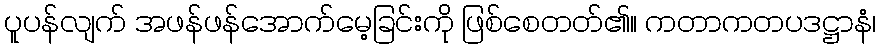
ပူပန်လျက် အဖန်ဖန်အောက်မေ့ခြင်းကို ဖြစ်စေတတ်၏။ ကတာကတပဒဋ္ဌာနံ၊